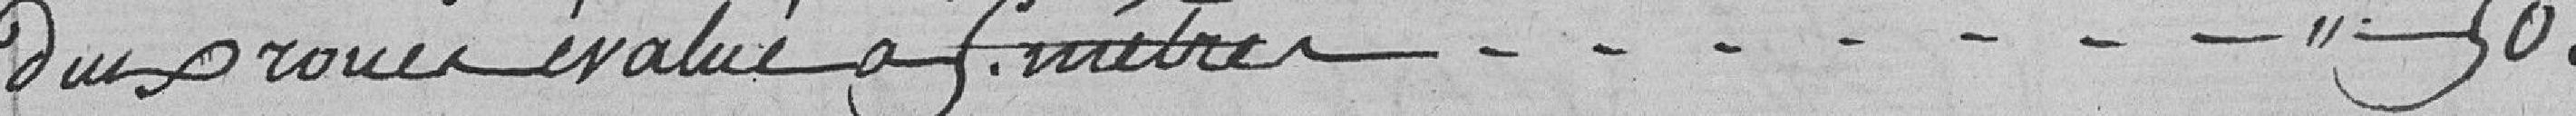
deux roues évaluée à 5 mètres.........    50.00